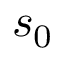
s _ { 0 }